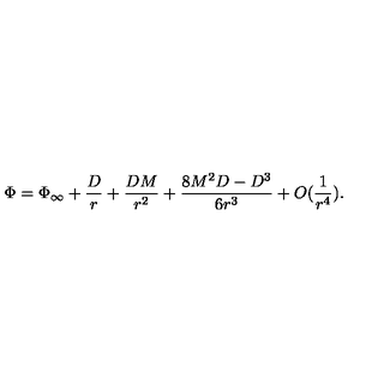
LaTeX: \Phi = \Phi _ { \infty } + \frac { D } { r } + \frac { D M } { r ^ { 2 } } + \frac { 8 M ^ { 2 } D - D ^ { 3 } } { 6 r ^ { 3 } } + O ( \frac { 1 } { r ^ { 4 } } ) .